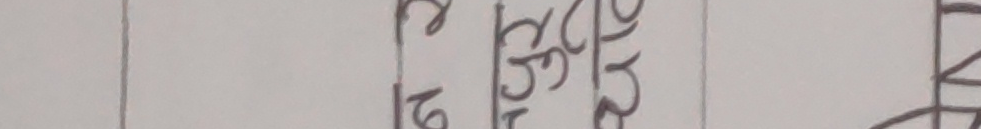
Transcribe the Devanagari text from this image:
९ खखगग